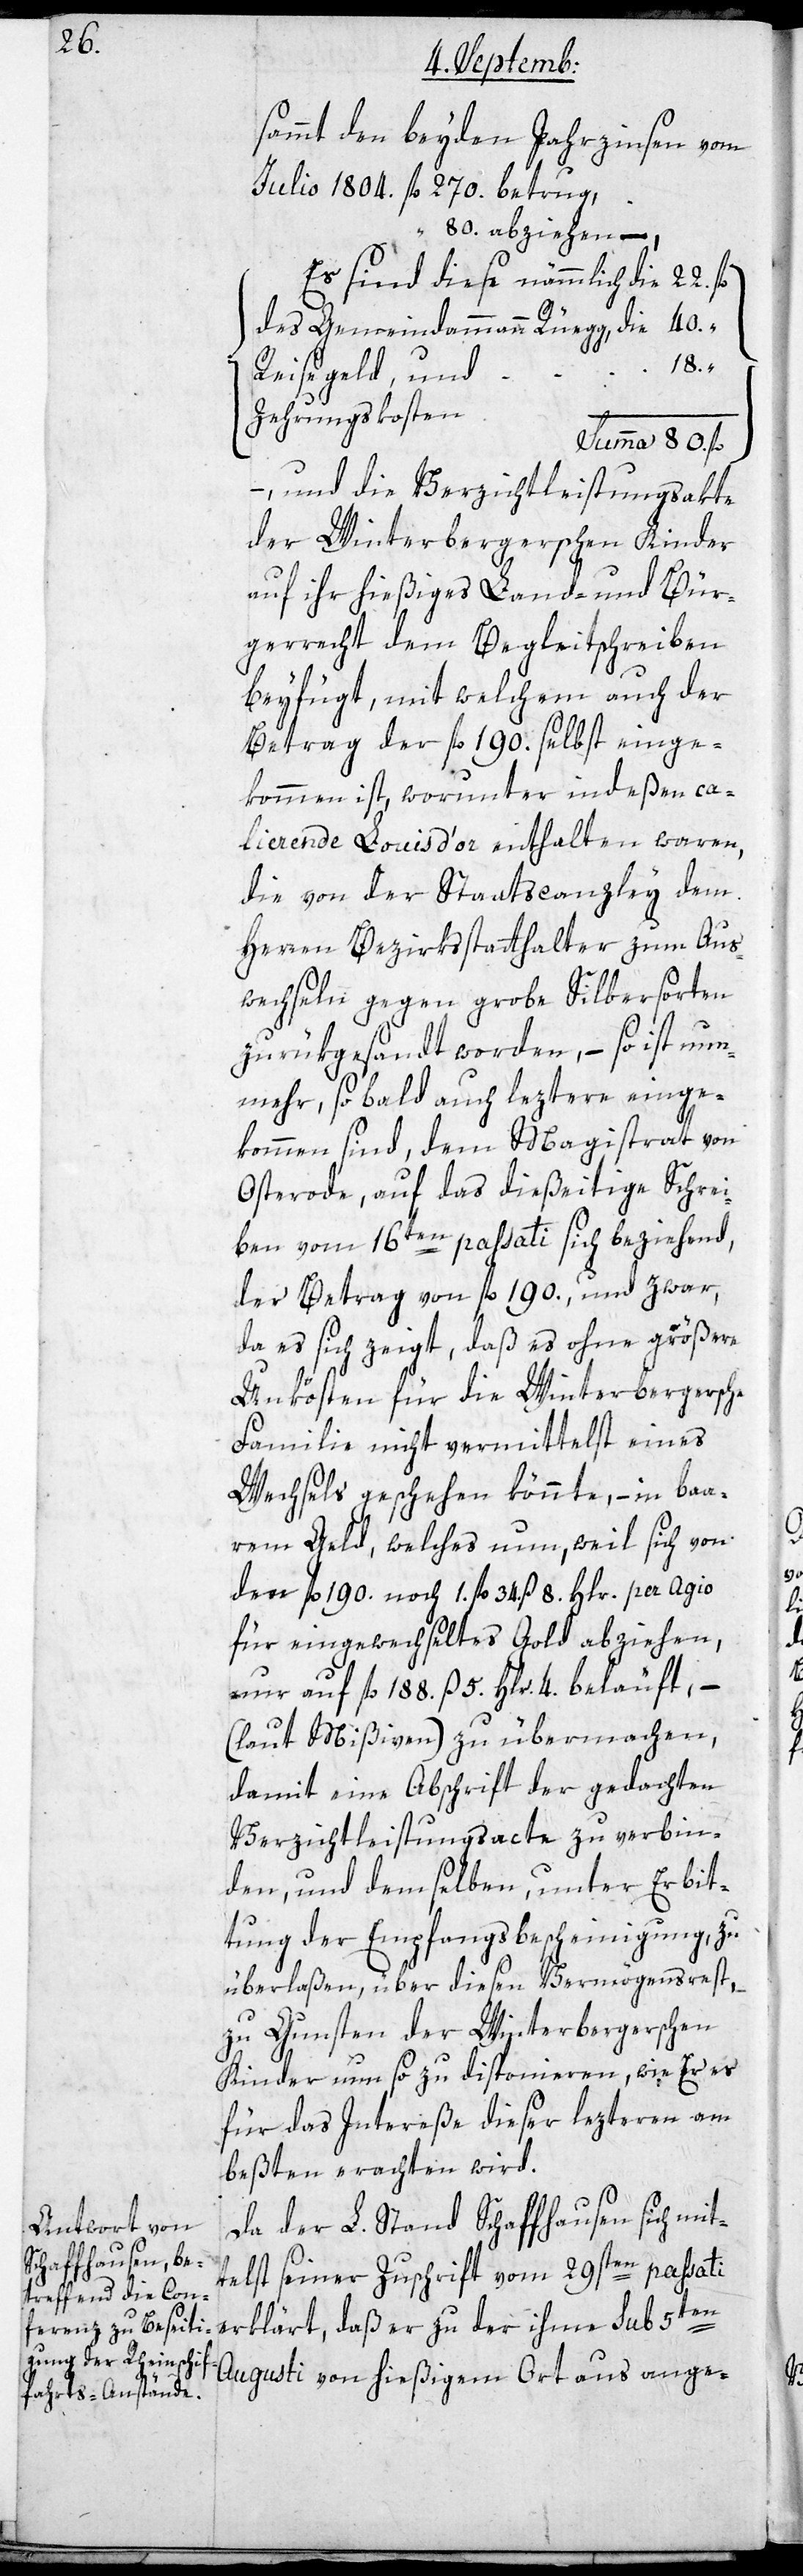
sammt den beyden Jahrzinsen von
Julio 1804. fl. 270. betrug,
80. abziehen.
[Es sind diese nämmlich die
des Gemeindammann Rüegg, die
80.
Reisegeld, und
Zehrungskosten
– und die Verzichtleistungsakte
der Winterbergerschen Kinder
auf ihr hießiges Land- und Bür¬
gerrecht dem Begleitschreiben
beyfügt, mit welchem auch der
Betrag der fl. 190. selbst einge¬
kommen ist, worunter indeßen ca¬
lierende Louisd’or enthalten waren,
die von der Staatscanzley dem
Herren Bezirksstatthalter zum Aus¬
wechseln gegen grobe Silbersorten
zurükgesandt worden, – so ist nun¬
mehr, sobald auch leztere einge¬
kommen sind, dem Magistrat von
Osterode, auf das dießeitige Schrei¬
ben vom 16ten passati sich beziehend,
der Betrag von fl. 190., und zwar,
da es sich zeigt, daß es ohne größere
Unkösten für die Winterbergersche
Familie nicht vermittelst eines
Wechsels geschehen könnte, – in baa¬
rem Geld, welches nun, weil sich von
den fl. 190. noch 1. fl. 34. ß 8. Hlr. per Agio
für eingewechseltes Gold abziehen,
nur auf fl. 188. ß 5. Hlr. 4. beläuft, –
(laut Mißiven) zu übermachen,
damit eine Abschrift der gedachten
Verzichtleistungsacte zu verbin¬
den, und demselben, unter Erbit¬
tung der Empfangsbescheinigung zu
überlaßen, über diesen Vermögensrest,
zu Gunsten der Winterbergerschen
Kinder nun so zu disponieren, wie Er es
für das Intereße dieser lezteren am
besten erachten wird.
Da der L. Stand Schaffhausen sich mit¬
telst seiner Zuschrift vom 29sten passati
erklärt, daß er zu der ihm sub 5ten
Augusti von hießigem Ort aus ange-